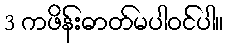
3 ကဖိန်းဓာတ်မပါဝင်ပါ။